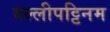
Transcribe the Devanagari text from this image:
वल्लीपट्टिनम